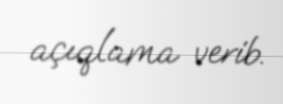
açıqlama verib.